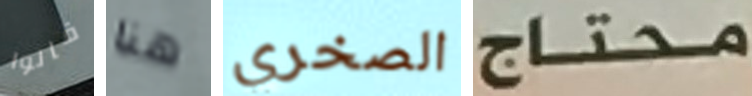
قالوا هنا الصخري محتاج